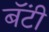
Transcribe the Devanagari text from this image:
बॅंटी